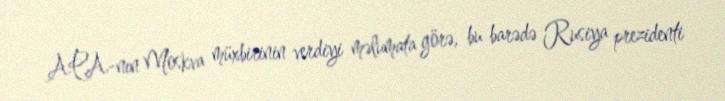
APA-nın Moskva müxbirinin verdiyi məlumata görə, bu barədə Rusiya prezidenti